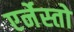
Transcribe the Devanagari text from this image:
एर्नेस्तो